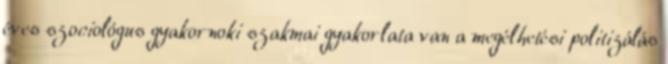
éves szociológus gyakornoki szakmai gyakorlata van a megélhetési politizálás